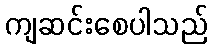
ကျဆင်းစေပါသည်